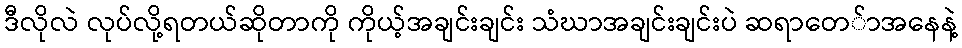
ဒီလိုလဲ လုပ်လို့ရတယ်ဆိုတာကို ကိုယ့်အချင်းချင်း သံဃာအချင်းချင်းပဲ ဆရာတေ်ာအနေနဲ့